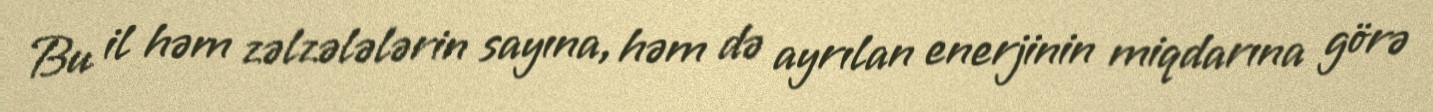
Bu il həm zəlzələlərin sayına, həm də ayrılan enerjinin miqdarına görə